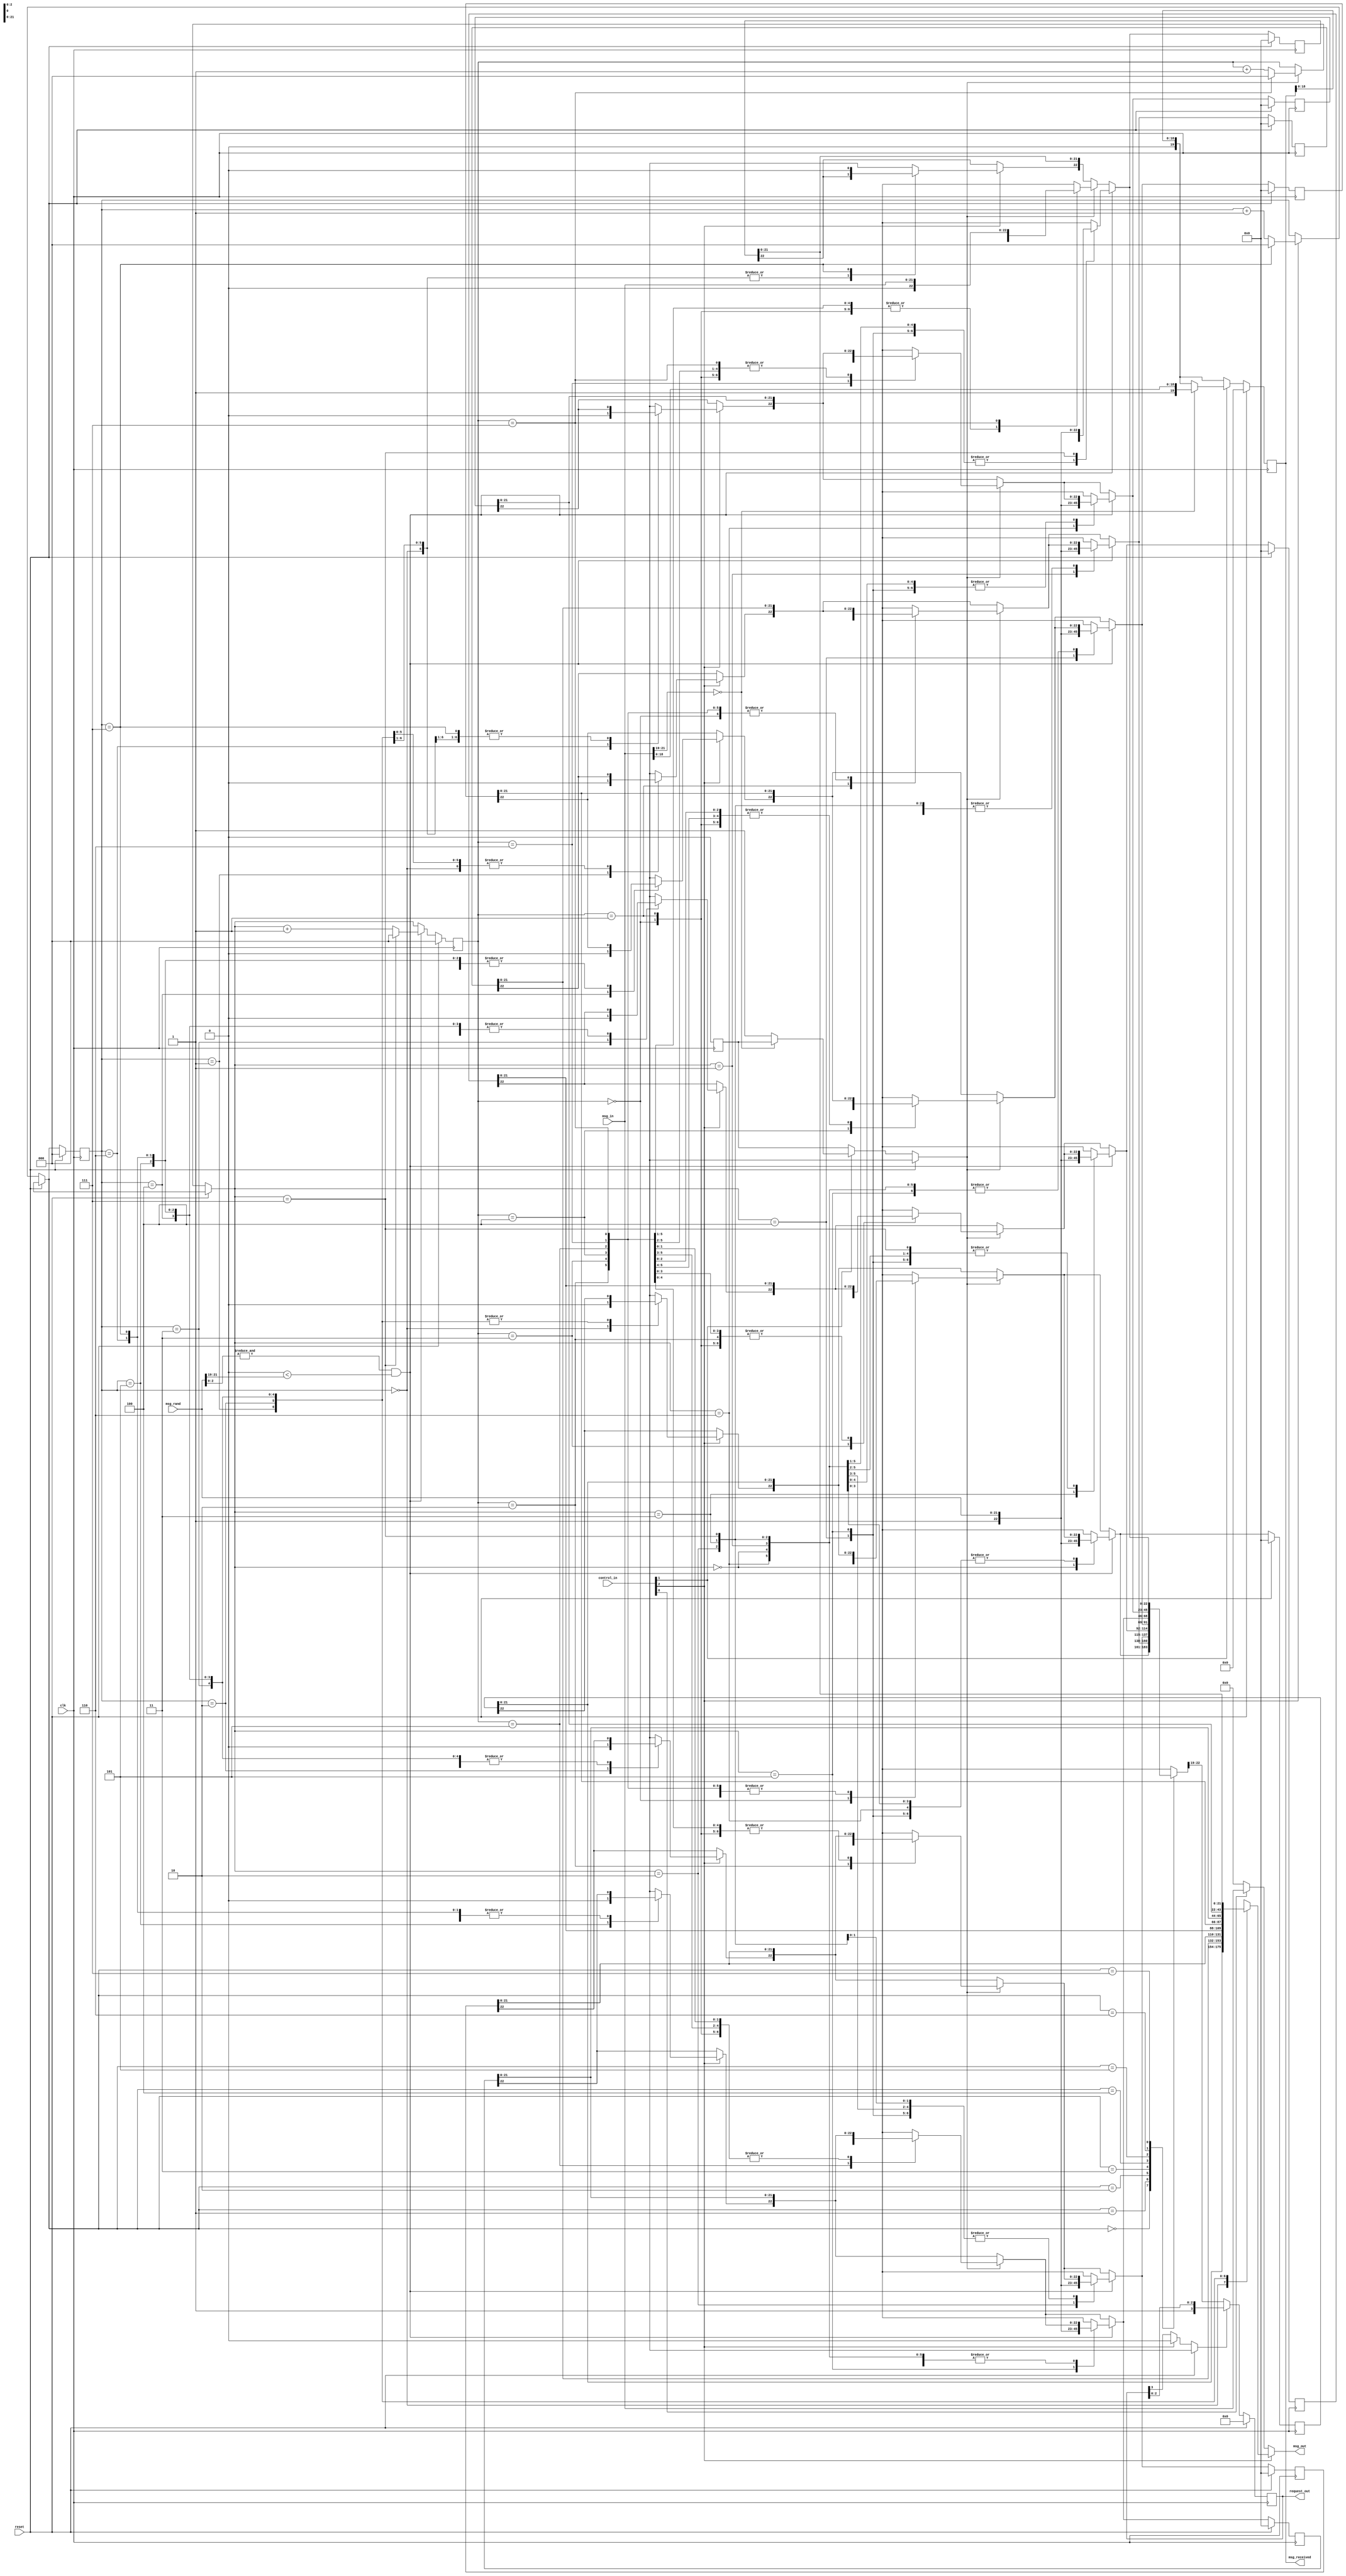
`timescale 1ns / 1ps
//////////////////////////////////////////////////////////////////////////////////
// Company: 
// Engineer: 
// 
// Design Name: 
// Module Name: NodeIO
// Project Name: 
// Target Devices: 
// Tool Versions: 
// Description: 
// 
// Dependencies: 
// 
// Revision:
// Revision 0.01 - File Created
// Additional Comments:
// 
//////////////////////////////////////////////////////////////////////////////////


module NodeIO #(
	parameter NODE_IO_NUMBER = 0,					//0 means low to high, 1 means high to low
	parameter NODE_NUMBER = 0,
	parameter NODE_COUNT = 8,
	parameter NODE_COUNT_DIGIT = 3,
	parameter RADOM_SEED = 10'b1001111000,
	parameter ACTUAL_MESSAGE_SIZE = 16,
	parameter MSG_SIZE = ACTUAL_MESSAGE_SIZE + NODE_COUNT_DIGIT * 2,
	parameter ARBITER_SIGNAL_IN = 3,
	parameter ARBITER_SIGNAL_OUT = NODE_COUNT_DIGIT + 1,
	parameter TOTAL_IN = (MSG_SIZE + ARBITER_SIGNAL_IN) * 2,
	parameter TOTAL_OUT = (MSG_SIZE + ARBITER_SIGNAL_OUT) * 2,
	parameter FIFO_DEPTH = 8
)
(
	input	wire	[MSG_SIZE - 1:0]					msg_in,
	input	wire	[MSG_SIZE - 1:0]					msg_rand,
	input	wire	[ARBITER_SIGNAL_IN - 1:0]			control_in,
	input	wire										clk,
	input	wire										reset,
	
	output	wire 	[MSG_SIZE - 1:0]					msg_out,
	output	reg		[MSG_SIZE - NODE_COUNT_DIGIT:0]		msg_received,				//msg intended for this node, first bit valid bit, filtered out the header
	output	reg		[ARBITER_SIGNAL_OUT - 1:0]			request_out
);


	wire   	[NODE_COUNT_DIGIT - 1:0]	msg_in_addr;						//destination of the incoming message
	wire	[NODE_COUNT_DIGIT - 1:0]	msg_rand_addr;						//destination of the random message
	wire								msg_rand_valid;						//for flow control, only let 1/8 random message get send
	wire								msg_rand_send;						//control signal for whether to send the random message or not
	
	reg     [MSG_SIZE:0]                msg_in_reg;
	reg		[MSG_SIZE:0]				output_stack[FIFO_DEPTH - 1:0];		//output stack, node count entries to hold data to send, the first bit is valid bit
	reg		[NODE_COUNT_DIGIT - 1:0]	head_out;								//head of the output stack, pointing at the newest entry
	reg		[NODE_COUNT_DIGIT - 1:0]	tail_out;								//tail of the output stack
	reg									forward_flag;						//indicating whether to forward the message
	
	integer                             k;                                  //used for initialization
	
	assign msg_in_addr    = msg_in_reg[MSG_SIZE - 1:MSG_SIZE - NODE_COUNT_DIGIT];
	assign msg_rand_addr  = msg_rand[MSG_SIZE - 1:MSG_SIZE - NODE_COUNT_DIGIT];
	assign msg_rand_valid = & msg_rand[2:0];								//only put the random value to stack if the last three digits are 111, so only 1/8 messages get sent
	assign msg_rand_send  = (NODE_IO_NUMBER) ? (msg_rand_valid && (NODE_NUMBER > msg_rand_addr)) : (msg_rand_valid && (NODE_NUMBER < msg_rand_addr));		//make sure this is the right IO to use for the message
	assign msg_out = (control_in[2]) ? output_stack[tail_out][MSG_SIZE - 1:0] : (control_in[0]) ? msg_in_reg : 0;	//make sure to send and bypass as soon as the control signal is here
	
	always @ (msg_in) begin
	    msg_in_reg <= msg_in;
	end
	always @ (negedge clk) begin
	    msg_received[MSG_SIZE - NODE_COUNT_DIGIT] = 0;
		if(!reset) begin
		
			if(control_in[2]) begin															//Tx
				output_stack[tail_out][MSG_SIZE] = 0;
				tail_out = (tail_out == FIFO_DEPTH - 1) ? 0 : tail_out + 1;
				request_out[ARBITER_SIGNAL_OUT - 1] = 0;
			end
			
			if(control_in[1]) begin														//Rx
				if (msg_in_addr == NODE_NUMBER)								//if this is not forwarding
					msg_received = {1'b1, msg_in_reg[MSG_SIZE - NODE_COUNT_DIGIT - 1:0]};
				else
					forward_flag = 1;
			end
			
			if(forward_flag) begin											//forwarding msg add to output FIFO
			    output_stack[head_out] = {1'b1, msg_in_reg};
				head_out = (head_out == FIFO_DEPTH - 1) ? 0 : head_out + 1;
				forward_flag = 0;
			end
			
			if(msg_rand_send) begin											//random msg add to output FIFO
			    output_stack[head_out] = {1'b1, msg_rand};
				head_out = (head_out == FIFO_DEPTH - 1) ? 0 : head_out + 1;
			end
			
			request_out = (request_out[ARBITER_SIGNAL_OUT - 1])? request_out : {output_stack[tail_out][MSG_SIZE], output_stack[tail_out][MSG_SIZE - 1:MSG_SIZE - NODE_COUNT_DIGIT]};
			
		end
		else begin

			msg_received <= 0;
			request_out <= 0;
			head_out <= 0;
			tail_out <= 0;
			forward_flag <= 0;
			for(k = 0; k < NODE_COUNT; k = k + 1) begin
			    output_stack[k] <= 0;
            end
			
		end
	end

endmodule